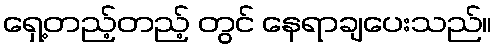
ရှေ့တည့်တည့် တွင် နေရာချပေးသည်။